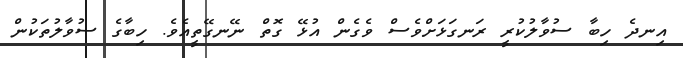
އިނދެ ހިބާ ސުވާލުކުރީ ރަނގަޅަށްވެސް ވެގެން އުޅޭ ގޮތް ނޭނގޭތީއެވެ. ހިބާގެ ސުވާލުތަކުން